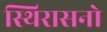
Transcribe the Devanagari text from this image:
स्थिरासनो